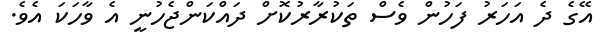
އޭގެ ދެ އަހަރު ފަހުން ވެސް ތަކުރާރުކޮށް ދައްކަންޖެހުނީ އެ ވާހަކަ އެވެ.